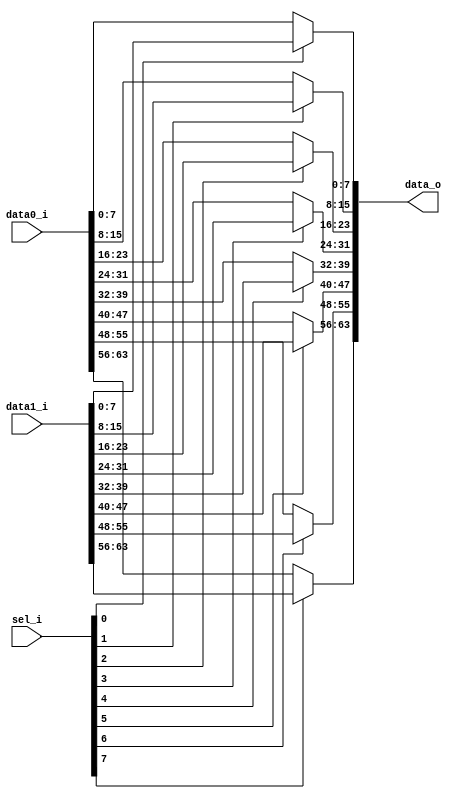
// This program was cloned from: https://github.com/NYU-MLDA/OpenABC
// License: BSD 3-Clause "New" or "Revised" License

module bsg_mux_segmented_segments_p8_segment_width_p8
(
  data0_i,
  data1_i,
  sel_i,
  data_o
);

  input [63:0] data0_i;
  input [63:0] data1_i;
  input [7:0] sel_i;
  output [63:0] data_o;
  wire [63:0] data_o;
  wire N0,N1,N2,N3,N4,N5,N6,N7,N8,N9,N10,N11,N12,N13,N14,N15;
  assign data_o[7:0] = (N0)? data1_i[7:0] :
                       (N8)? data0_i[7:0] : 1'b0;
  assign N0 = sel_i[0];
  assign data_o[15:8] = (N1)? data1_i[15:8] :
                        (N9)? data0_i[15:8] : 1'b0;
  assign N1 = sel_i[1];
  assign data_o[23:16] = (N2)? data1_i[23:16] :
                         (N10)? data0_i[23:16] : 1'b0;
  assign N2 = sel_i[2];
  assign data_o[31:24] = (N3)? data1_i[31:24] :
                         (N11)? data0_i[31:24] : 1'b0;
  assign N3 = sel_i[3];
  assign data_o[39:32] = (N4)? data1_i[39:32] :
                         (N12)? data0_i[39:32] : 1'b0;
  assign N4 = sel_i[4];
  assign data_o[47:40] = (N5)? data1_i[47:40] :
                         (N13)? data0_i[47:40] : 1'b0;
  assign N5 = sel_i[5];
  assign data_o[55:48] = (N6)? data1_i[55:48] :
                         (N14)? data0_i[55:48] : 1'b0;
  assign N6 = sel_i[6];
  assign data_o[63:56] = (N7)? data1_i[63:56] :
                         (N15)? data0_i[63:56] : 1'b0;
  assign N7 = sel_i[7];
  assign N8 = ~sel_i[0];
  assign N9 = ~sel_i[1];
  assign N10 = ~sel_i[2];
  assign N11 = ~sel_i[3];
  assign N12 = ~sel_i[4];
  assign N13 = ~sel_i[5];
  assign N14 = ~sel_i[6];
  assign N15 = ~sel_i[7];

endmodule